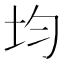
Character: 均